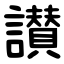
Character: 讃